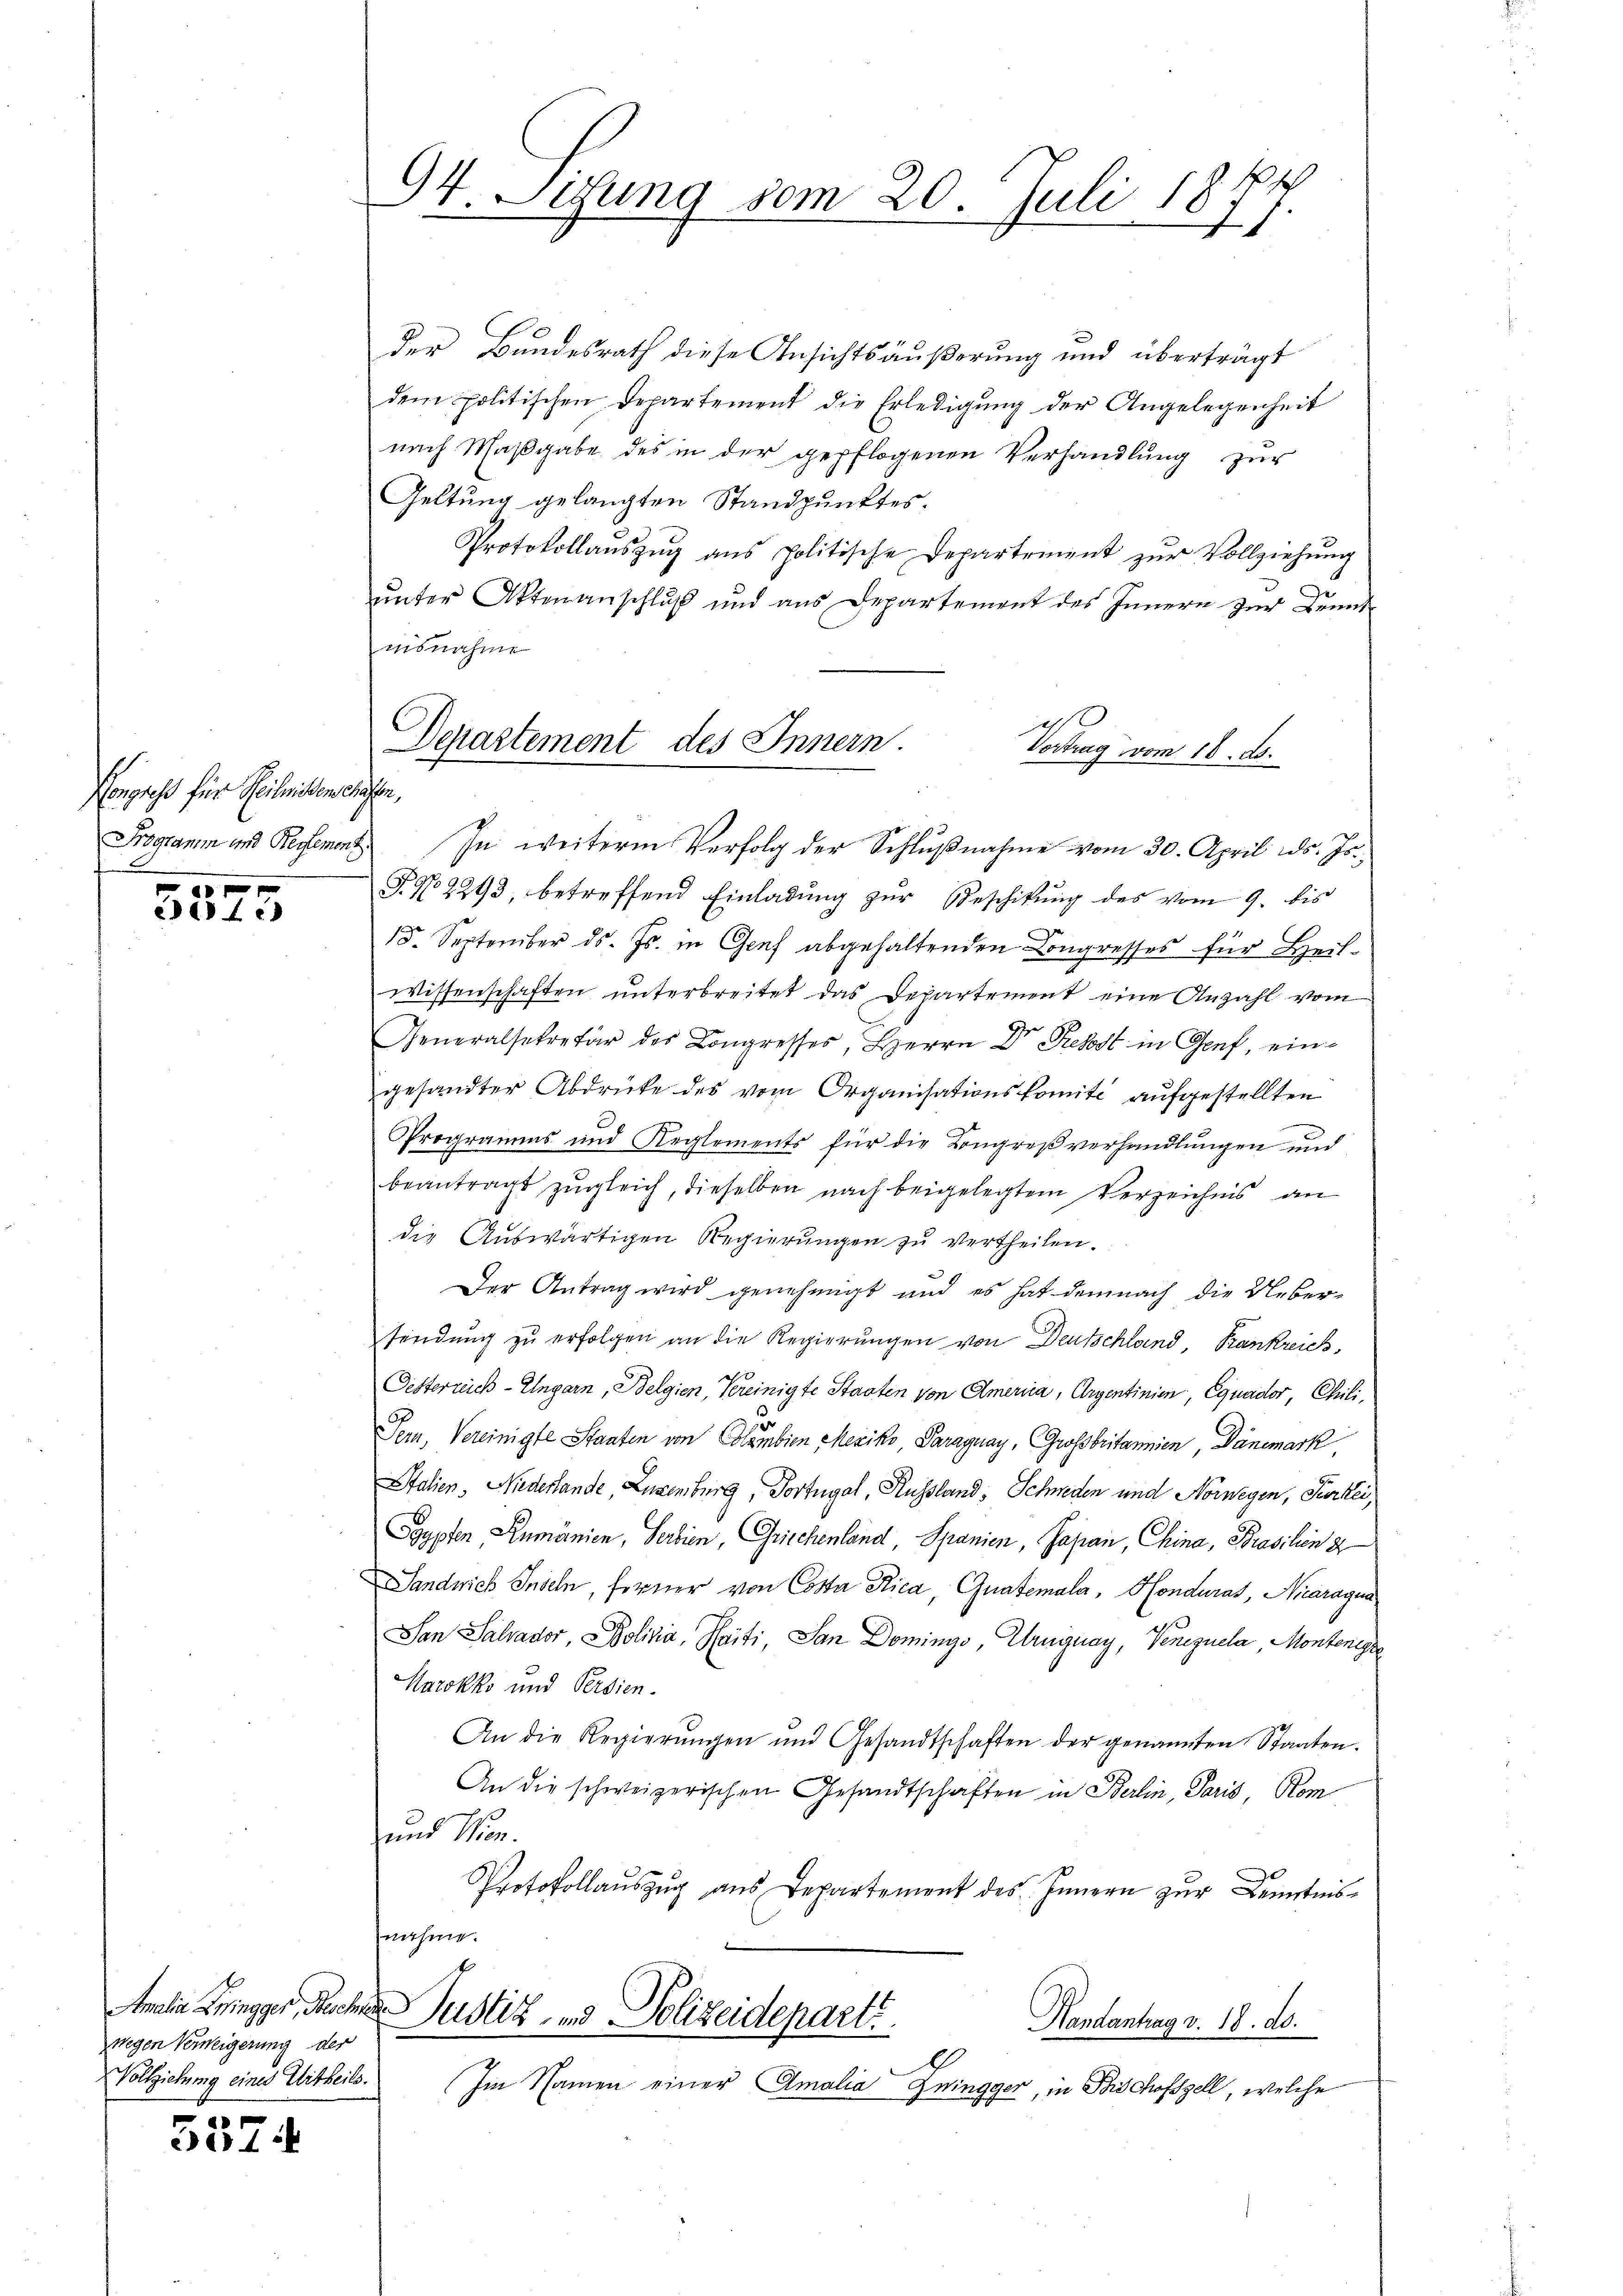
Kongress für Heilmittenscha
Programm und Beglement

10 x
et

wegen Verweigerung der
Vollziehung eines Urtheils.

5574

94. Setzung vom 20. Juli 1844
e
4

der Bundesrath diese Ansichtsäußerung und überträgt
dem politischen Departement die Erledigung der Angelegenheit
nach Maßgabe des in der gepflogenen Verhandlung zur
Geltung gelangten Standpunktes.
Protokollaŭszŭg aŭs Politische Departement zŭr Vollziehŭng
unter Aktenanschluß und aus Departement des Innern zur Kennt
nsnahme
Departement des Innern.
Vortrag vom 18. d.

s

In weitere Verfolg der Schlŭβnahme vom 30. April d. Js.
P.N 2293, betreffend Einladung zur Beschikung des vom 9. bis
15. September ds. Js. in Genf abgehaltenden Congresses für Heil-
Wissenschaften unterbreitet das Departement eine Anzahl vom
1
Generalsekretär des Congresses, Herrn Dr. Gehst in Genf, eingesandter Abdrücke des vom Organisationskomite aufgestellten
Programms und Reglements für die Kongreßverhandlungen und
beantragt zŭgleich, dieselben nach beigelegtem Verzeichnis an
die Aŭswärtigen Regierŭngen zŭ vertheilen.
Der Antrag wird genehmigt und es hat demnach die Ueber-
sendung zu erfolgen an die Regierungen von Deutschland, Krankreich,
e
Oesterrich-Ungarn, Belgien, Vereinigte Staaten von America, Argentinien, Equader, Chili,
u
Sern, Vereinigte Staaten von Colombien Mexiko, Paraguay, Grossbritannien Dänemark
Italien, Niederlande, Luxenburg, Portugal, Russland, Schweden und Norwegen, Turtei,
Sgypten Rumänien, Serbien, Griechenland Spanien, Japan, China, Brasilien 8
Sandrich Inseln, ferner von Costa Rica, Guatemala, Honduras, Nicaragua
San Salvador, Politia, Haiti, San Domings, Uruguay, Venezuela Montenegge
Marokks und Verdien¬
An die Regierŭngen und Gesandtschaften der genannten Staaten.
An die schweizerischen Gesandtschaften in Berlin, Paris Rom
und Wien.
Protokollaŭszŭg aŭs Departement des Innern zŭr Kenntnis-
nahme.
Anolie Zingger, Ruches Justiz- und Polizeideparti
Handantrag v. 18. ds.
Im Namen einer Amalia Zningger, in Bischofszell, welche